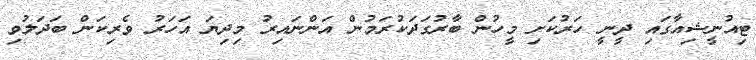
ޓިއުނީޝިއާގައި ދީނީ ހަރުކަށި މީހުން ބާރުގަދަކުރަމުން އަންނައިރު މިދިޔަ އަހަރު ވެރިކަން ބަދަލުވި